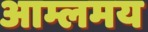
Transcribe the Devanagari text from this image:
आम्लमय